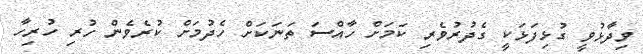
ވިދާޅުވީ ގުޅިފަޅަކީ ގެދުރުވެރި ކަމަށް ހާއްސަ ތަނަކަށް ހެދުމަށް ކުރެވެން ހުރި ހުރިހާ